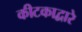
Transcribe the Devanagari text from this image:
कीटकाद्वारे